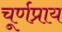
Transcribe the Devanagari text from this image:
चूर्णप्राय